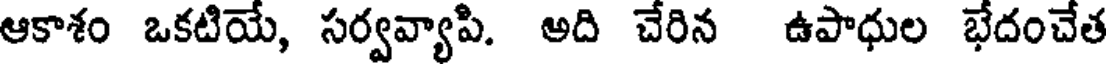
ఆకాశం ఒకటియే, సర్వవ్యాపి. అది చేరిన ఉపాధుల భేదంచేత